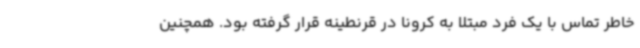
خاطر تماس با یک فرد مبتلا به کرونا در قرنطینه قرار گرفته بود. همچنین